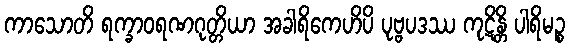
ကာသောတိ ရက္ခာဝရဏဂုတ္တိယာ အခါရိကေဟိပိ ပုဗ္ဗပဒဿ ကုဋိန္တိ ပါရိမဉ္စ